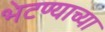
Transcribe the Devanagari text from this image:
भेटण्याच्या